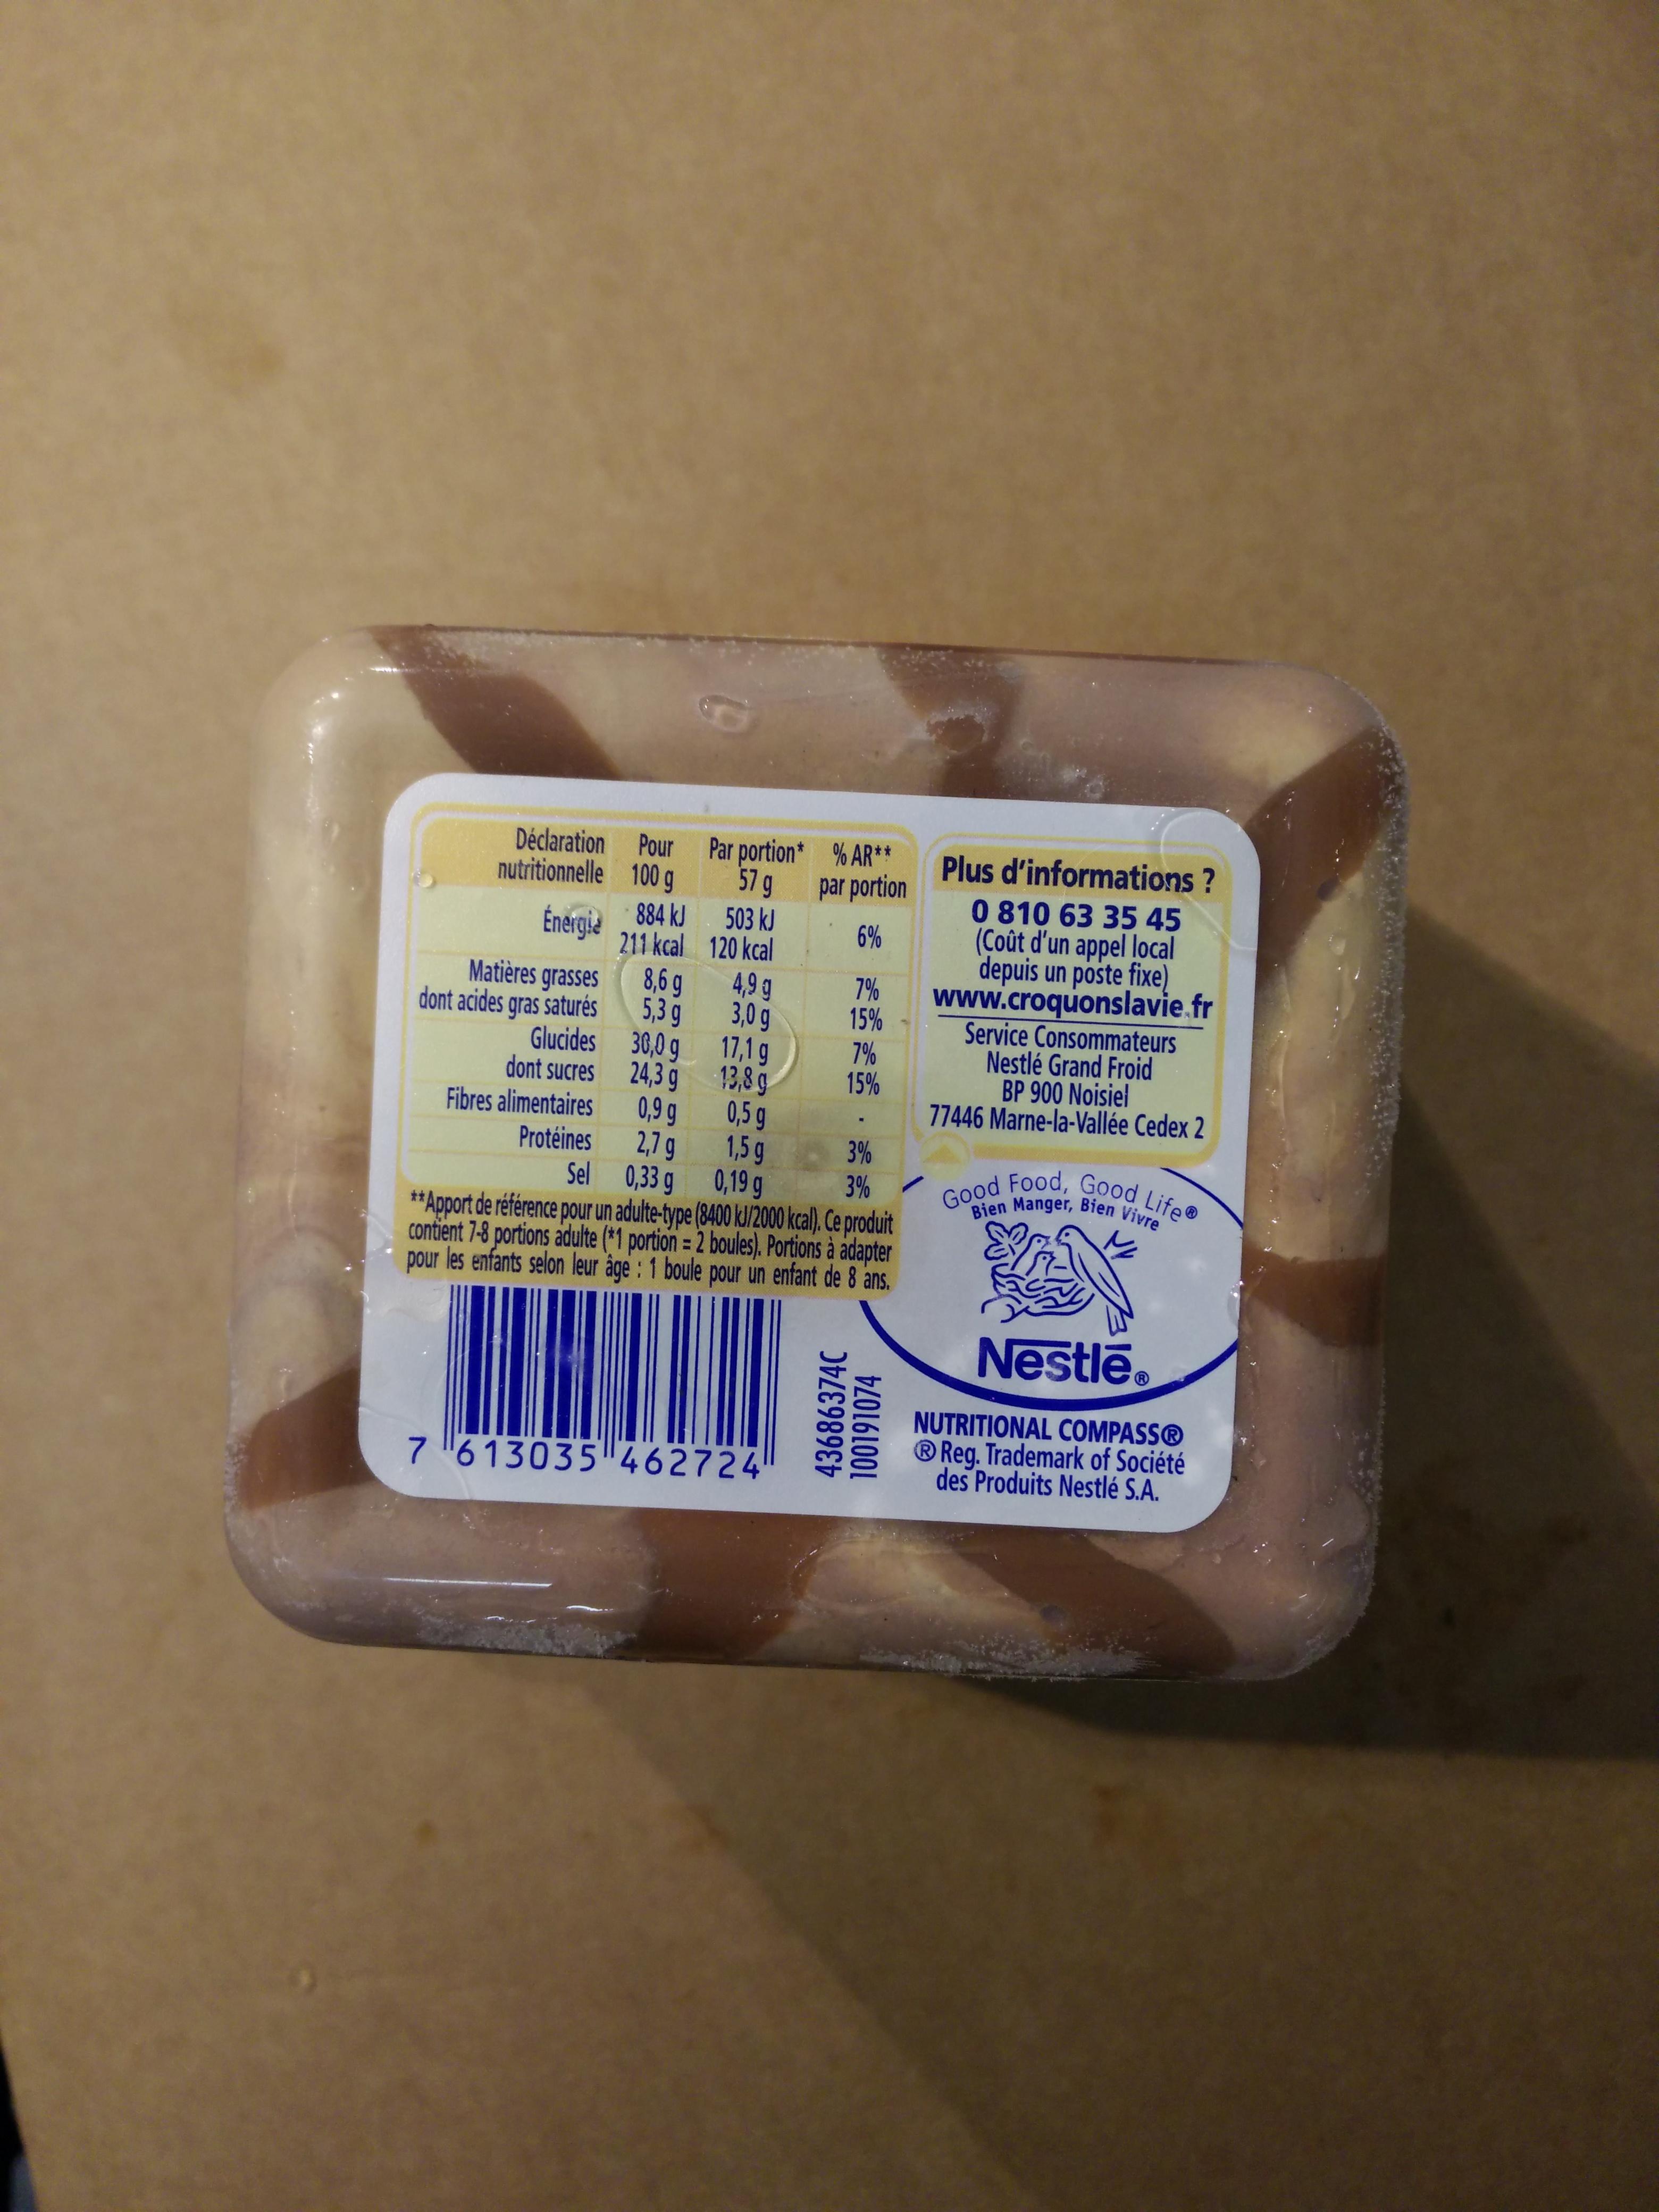
nutritionnelle
Déclaration Pour Par portion* 100 g 57 g 503 kJ
Énergia
120 kcal
Matières grasses
dont acides gras saturés
Glucides
dont sucres
Fibres alimentaires
Protéines
884 kJ
211 kcal
8,6 g
5,3 g
30,0
30,0 g
g
24,3 g
0,9 g
2,7 g
0,33 g
4,9 g
3,0 g
17,1 g
13,8 g
0,5 g
% AR** par portion
6%
7 613035 462724
7%
15%
7%
15%
.
1,5 g
3%
Sel
0,19 g
3%
**Apport de référence pour un adulte-type (8400 kJ/2000 kcal). Ce produit contient 7-8 portions adulte (*1 portion = 2 boules). Portions à adapter pour les enfants selon leur âge : 1 boule pour un enfant de 8 ans.
43686374C
100191074
Plus d'informations? 0 810 63 35 45 (Coût d'un appel local depuis un poste fixe) www.croquonslavie.fr
Service Consommateurs Nestlé Grand Froid
BP 900 Noisiel 77446 Marne-la-Vallée Cedex 2
Good Food, Good LifeⓇ
Bien Manger, Bien Vivre
Nestle
NUTRITIONAL COMPASSⓇ Reg. Trademark of Société des Produits Nestlé S.A.